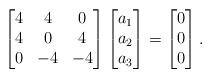
LaTeX: \begin{align*}\begin{bmatrix}4 & 4 & 0\\4 & 0 & 4\\0 & -4 & -4\end{bmatrix} \begin{bmatrix}a_1\\a_2\\a_3\end{bmatrix} = \begin{bmatrix}0\\0\\0\end{bmatrix}.\end{align*}